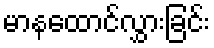
မာနထောင်လွှားခြင်း